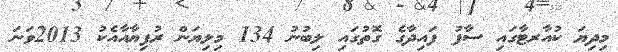
މިދިޔަ ކުއާރޓާގައި ސާފު ފައިދާގެ ގޮތުގައި ލިބުނު 134 މިލިޔަން ރުފިޔާއާއެކު 2013ވަނަ